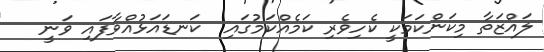
ލައްޒަތާ މިކަންކަމަކީ ކެހިވެރި ކަމެއްކަމުގައި  ކަނޑައަޅުއްވާފައި ވަނީ